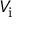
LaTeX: V _ { \mathrm { i } }